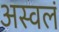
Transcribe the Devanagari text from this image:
अस्वलं